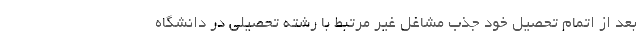
بعد از اتمام تحصیل خود جذب مشاغل غیر مرتبط با رشته تحصیلی در دانشگاه